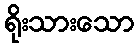
ရိုးသားသော